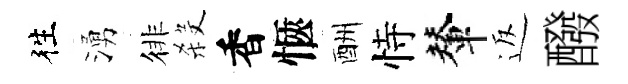
徃湧徘殺香愜酬恃輦返醱